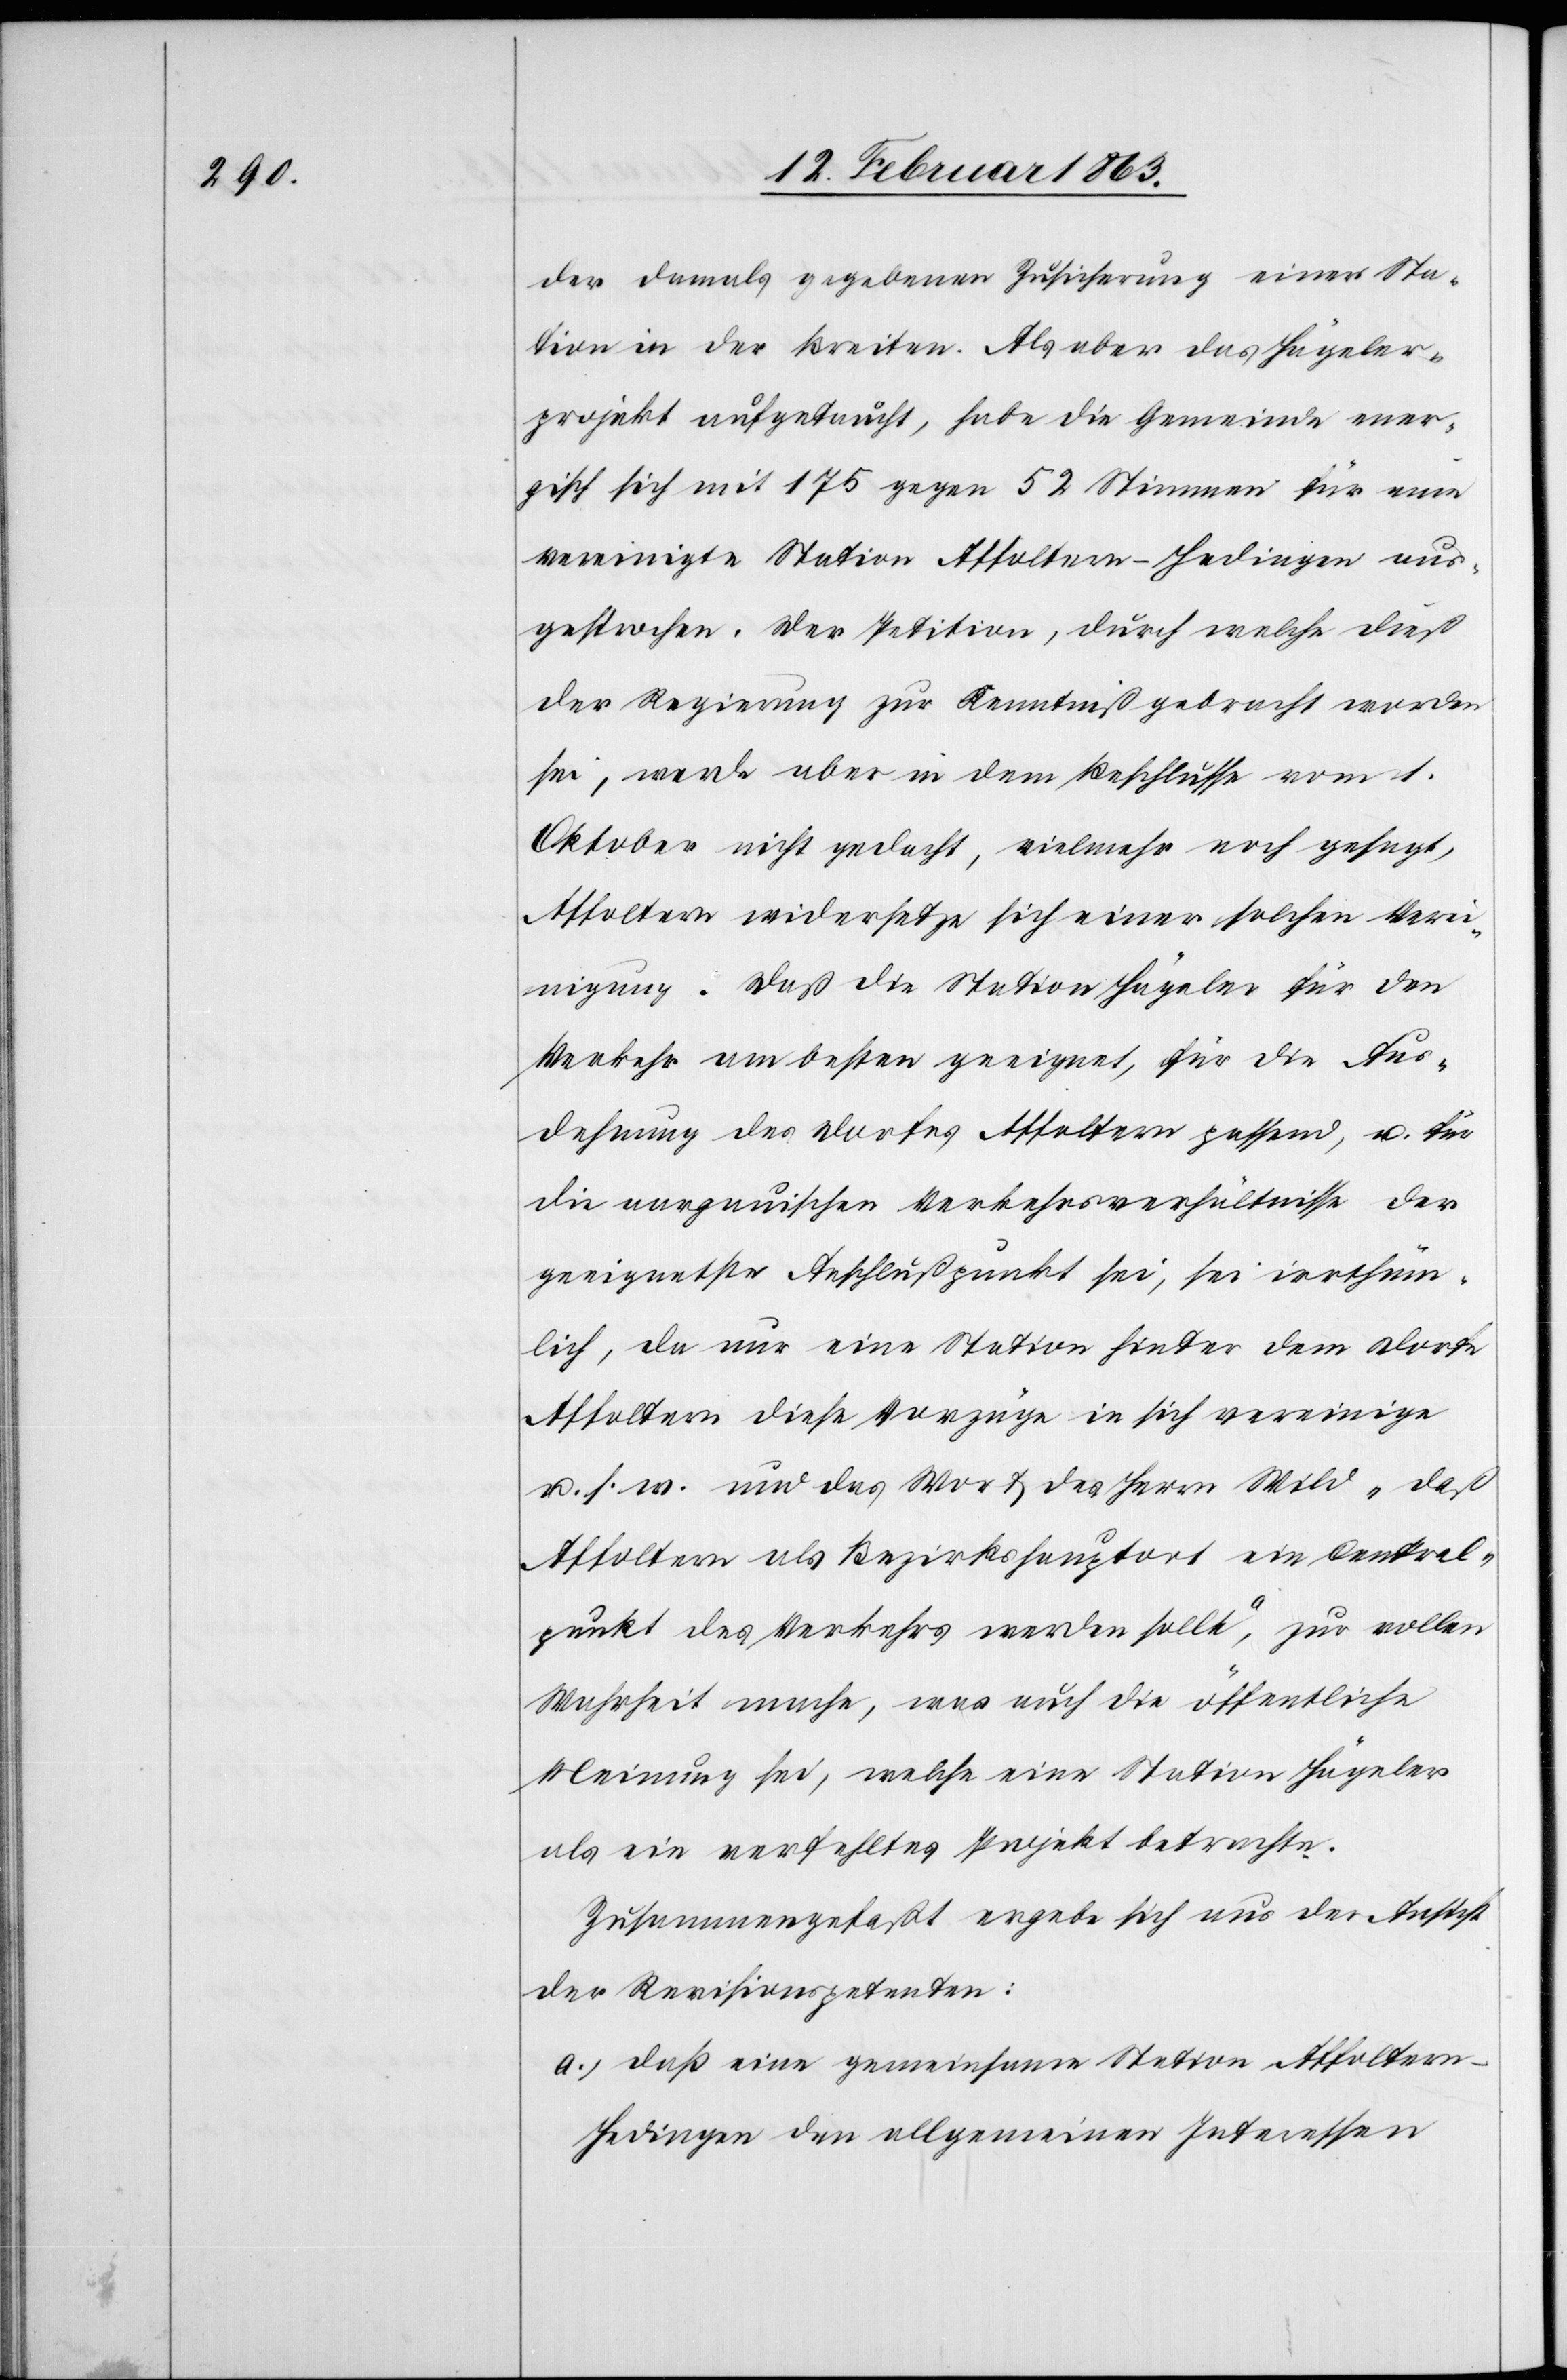
der damals gegebenen Zusicherung einer Sta¬
tion in der Breiten. Als aber das Hägeler¬
projekt aufgetaucht, habe die Gemeinde ener¬
gisch sich mit 175 gegen 52 Stimmen für eine
vereinigte Station Affoltern-Hedingen aus¬
gesprochen. Der Petition, durch welche dieß
der Regierung zur Kenntniß gebracht worden
sei, werde aber in dem Beschlusse vom 1.
Oktober nicht gedacht, vielmehr noch gesagt,
Affoltern widersetze sich einer solchen Verei¬
nigung. Daß die Station Hägeler für den
Verkehr am besten geeignet, für die Aus¬
dehnung des Dorfes Affoltern passend, u. für
die aargauischen Verkehrsverhältnisse der
geeignetste Anschlußpunkt sei, sei irrthüm¬
lich, da nur eine Station hinter dem Dorfe
Affoltern diese Vorzüge in sich vereinige
u. s. w. und das Wort des Herrn Wild „daß
Affoltern als Bezirkshauptort ein Central¬
punkt des Verkehrs werden sollte“, zur vollen
Wahrheit mache, was auch die öffentliche
Meinung sei, welche eine Station Hägeler
als ein verfehltes Projekt betrachte.
Zusammengefaßt ergebe sich aus der Ansicht
der Revisionspetenten:
a.) daß eine gemeinsame Station Affolter¬
n-Hedingen den allgemeinen Interessen